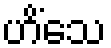
ဟိံသေ